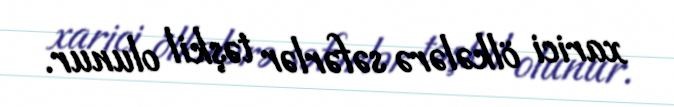
xarici ölkələrə səfərlər təşkil olunur.